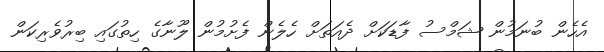
އެހެން ބުނަމުން ޝަމްސު ފާޑަކަށް ދެއަތަށް ހެލެން ފެށުމުން ލޫނާގެ ހިތުގައި ބިރުވެރިކަން